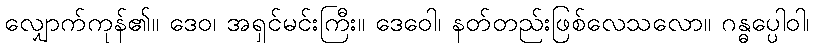
လျှောက်ကုန်၏။ ဒေဝ၊ အရှင်မင်းကြီး။ ဒေဝေါ၊ နတ်တည်းဖြစ်လေသလော။ ဂန္ဓပ္ပေါဝါ၊